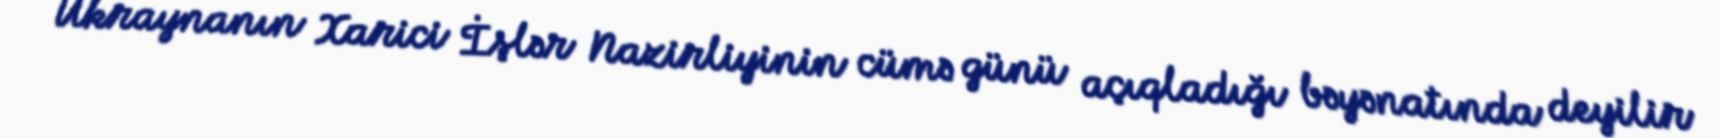
Ukraynanın Xarici İşlər Nazirliyinin cümə günü açıqladığı bəyənatında deyilir